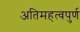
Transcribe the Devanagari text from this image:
अतिमहत्‍वपुर्ण